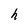
Character: h